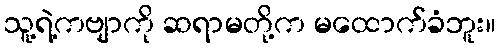
သူ့ရဲ့ကဗျာကို ဆရာမတို့က မထောက်ခံဘူး။